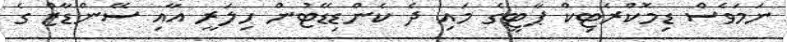
ނަމަވެސް ޑިމޮކްރެޓިކް ޕާޓީގެ މައި ދެ ކެންޑިޑޭޓުން ހިލަރީ އާއި ސޭންޑާޒް ގެ